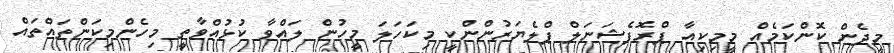
މީދެން ކޮންކަމެއް މީމިކިއާ ޕްރޮފެޝަނަލް ޕްލެޔަރުންންކީ މިކަހަލަ މީހުން ލައްވާ ކުޅުއްވާތީ މިހެންމިކަންތައްތައް